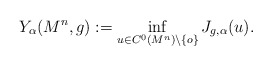
\begin{align*}Y_\alpha (M^n, g):=\inf_{u\in C^0(M^n)\setminus \{o\}} J_{g,\alpha}(u).\end{align*}